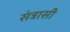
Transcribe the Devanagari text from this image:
संत्रासी